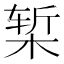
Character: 椠